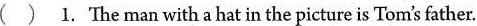
( ) 1. The man with a hat in the picture is Tom's father.